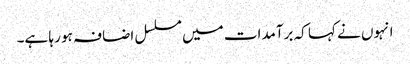
انہوں نے کہا کہ برآمدات میں مسلسل اضافہ ہو رہا ہے۔